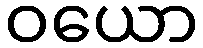
ဝယော